Indian journal of veterinary science and animal husbandry - Volumes 18-21, 1948-1951
Year: 1948
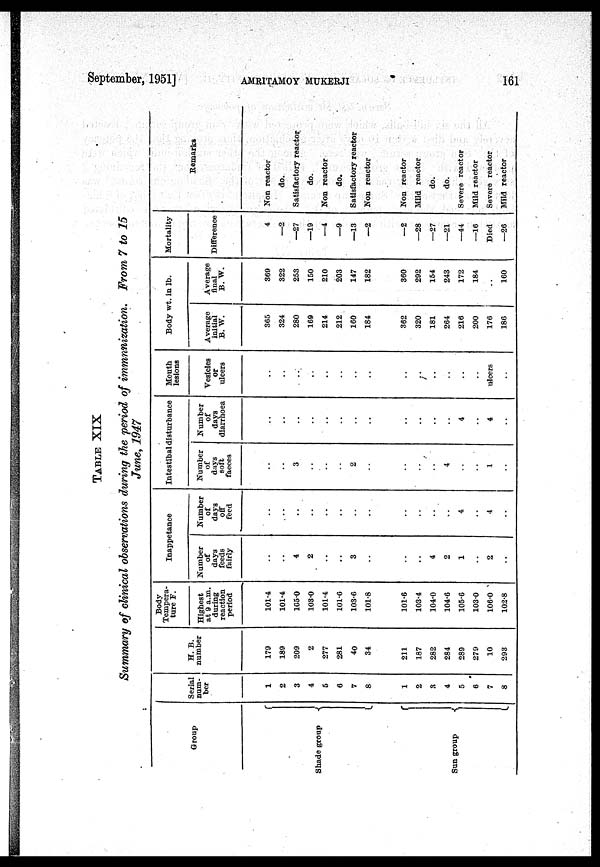
September, 1951]
AMRITAMOY
MUKHERJI
161
TABLE XIX
Summary of clinical observations during the period of immnfiization. From 7 to 15
June, 1947
Group
Shade group
Sun group
Serial
num-
ber
1
2
3
4
5
6
7
8
1
2
3
4
5
6
7
8
H. B.
number
179
189
209
2
277
281
40
34
211
187
282
284
289
279
10
293
Body
Tempera-
ture F.
Highest
at 9 a.m.
during
reaction
period
101.4
101.4
165.0
103.0
101.4
101.6
103.6
101.8
101.6
103.4
104.0
104.6
105.6
103.0
106.0
102.8
Inappetance
Number
of
days
feeds
fairly
..
..
4
2
..
..
3
..
..
..
4
2
1
..
2
..
Number
of
days
off
feed
..
..
..
..
..
..
..
..
..
..
..
..
4
..
4
..
Intestibal disturbance
Number
of
days
soft
faeces
..
..
3
..
..
..
2
..
..
..
..
4
..
..
1
..
Number
of
days
diarrhoea
..
..
..
..
..
..
..
..
..
..
..
..
4
..
4
..
Mouth
lesions
Vesicles
or
ulcers
..
..
..
..
..
..
..
..
..
..
..
..
..
..
ulcers
..
Body wt. in lb.
Average
initial
B. W.
365
324
280
169
214
212
160
184
362
320
181
264
216
200
176
186
Average
final
B. W.
369
322
253
150
210
203
147
182
360
292
154
243
172
184
..
160
Mortality
Difference
4
—2
—27
—19
—4
—9
—1.3
—2
—2
—28
—27
—21
—44
—16
Died
—26
Remarks
Non reactor
do.
Satisfactory reactor
do.
Non reactor
do.
Satisfactory reactor
Non reactor
Non reactor
Mild reactor
do.
do.
Severe reactor
Mild reactor
Severe reactor
Mild reactor